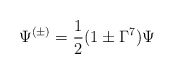
\begin{align*}\Psi^{(\pm)} = \frac{1}{2} (1\pm \Gamma^7 ) \Psi\end{align*}